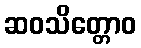
ဆဝသိတ္တောဝ